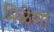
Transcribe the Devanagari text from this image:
मिळेणा